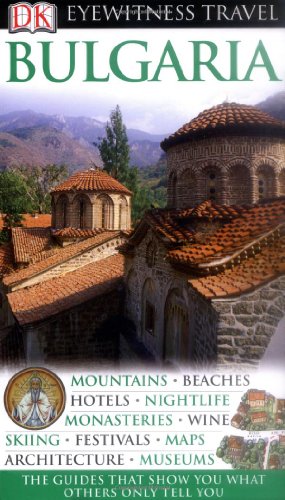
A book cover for DK Eyewitness Travel Guide: Bulgaria; Jonathan Bousfield; Travel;